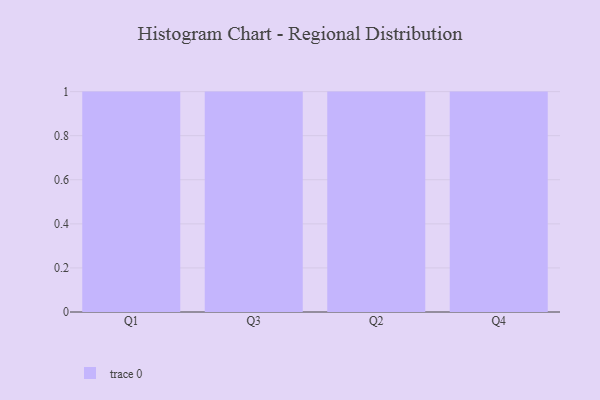
{"axis": {"x": "Quarter", "y": "Waste Production (Tons)"}, "legend": [""], "data": [{"x": "Q1", "y": 3, "type": ""}, {"x": "Q3", "y": 51, "type": ""}, {"x": "Q2", "y": 24, "type": ""}, {"x": "Q4", "y": 60, "type": ""}]}